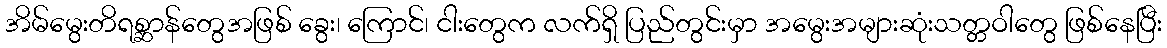
အိမ်မွေးတိရစ္ဆာန်တွေအဖြစ် ခွေး၊ ကြောင်၊ ငါးတွေက လက်ရှိ ပြည်တွင်းမှာ အမွေးအများဆုံးသတ္တဝါတွေ ဖြစ်နေပြီး